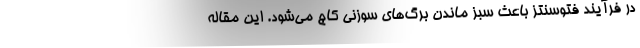
در فرآیند فتوسنتز باعث سبز ماندن برگ‌های سوزنی کاج می‌شود. این مقاله